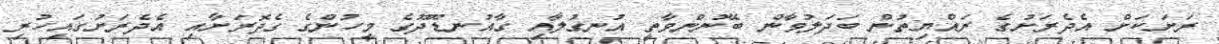
ރަށަކަށް އެދެރަށުގެ ރައްޔިތުން ބަދަލުވާން ބޭނުންވާތީ އުނގުލާއި ގާއުނޑޫދޫގެ މީހުންގެ ގެދޮރަށާއި އެދެރަށުގައިހުރި